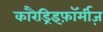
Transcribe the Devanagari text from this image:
कारैड्रिइफ़ॉर्मीज़